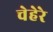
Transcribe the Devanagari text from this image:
चेहेरे